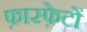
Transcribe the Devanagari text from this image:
फ़ास्फ़ेटों